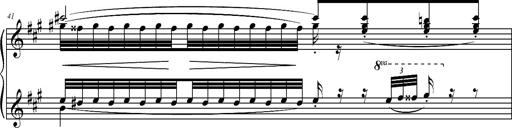
Title: 2 LÃ©gendes
Composer: Franz Liszt